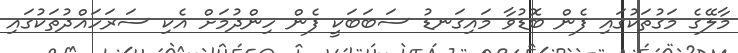
މާލޭގެ މަގުތަކުގައި ފެން ބޮޑުވާ މައިގަނޑު ސަބަބަކީ ފެން ހިންދުމަށް އެކި ސަރަހައްދުތަކުގައި